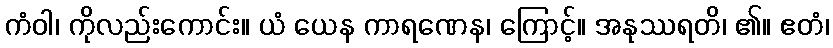
ကံဝါ၊ ကိုလည်းကောင်း။ ယံ ယေန ကာရဏေန၊ ကြောင့်။ အနုဿရတိ၊ ၏။ ဧတံ၊